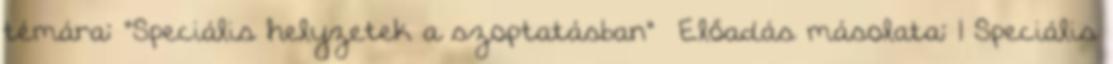
témára: "Speciális helyzetek a szoptatásban"— Előadás másolata: 1 Speciális